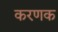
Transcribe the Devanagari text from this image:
करणक